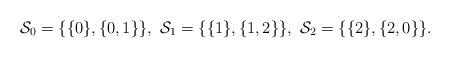
LaTeX: \begin{align*} \mathcal S_{0} =\{\{0\},\{0,1\}\},\ \mathcal S_{1} =\{\{1\},\{1,2\}\},\ \mathcal S_{2} =\{\{2\},\{2,0\}\}.\end{align*}